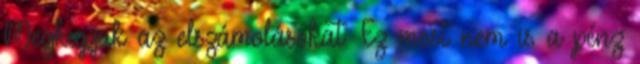
Megkapjuk az elszámolásokat. Ez most nem is a pénz